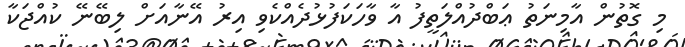
މި ގޮތުން އާމިނަތު ޢަބްދުއްލަތީފު އާ ވާހަކަފުޅުދެއްކެވި އިރު އޭނާއަށް ލިބޭނޭ ކުއްޖަކާ